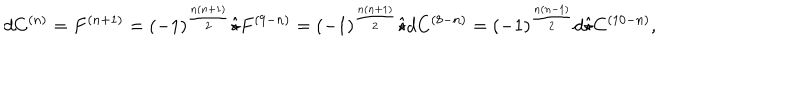
d C ^ { ( n ) } = F ^ { ( n + 1 ) } = ( - 1 ) ^ { \frac { n ( n + 1 ) } { 2 } } \hat { \star } F ^ { ( 9 - n ) } = ( - 1 ) ^ { \frac { n ( n + 1 ) } { 2 } } \hat { \star } d C ^ { ( 8 - n ) } = ( - 1 ) ^ { \frac { n ( n - 1 ) } { 2 } } d \hat { \star } C ^ { ( 1 0 - n ) } ,